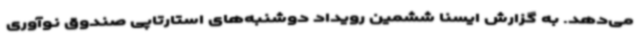
می‌دهد. به گزارش ایسنا ششمین رویداد دوشنبه‌های استارتاپی صندوق نوآوری